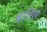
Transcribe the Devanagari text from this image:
बर्तित